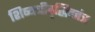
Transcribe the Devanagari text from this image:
शिष्यधीवृद्धिदतंत्र